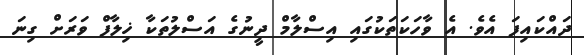
ދައްކައިފަ އެވެ. އެ ވާހަކަތަކުގައި އިސްލާމް ދީނުގެ އަސްލުތަކާ ޚިލާފް ވަރަށް ގިނަ